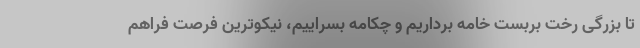
تا بزرگی رخت بربست خامه برداریم و چکامه بسراییم، نیکوترین فرصت فراهم